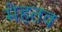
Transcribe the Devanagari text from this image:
मेहतव